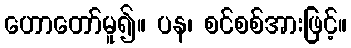
ဟောတော်မူ၍။ ပန၊ စင်စစ်အားဖြင့်။